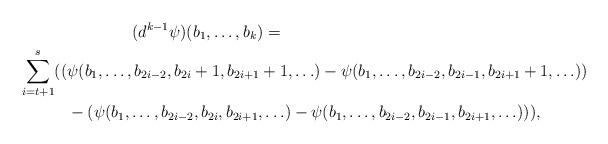
LaTeX: \begin{align*}& \qquad\qquad(d^{k-1} \psi)(b_1, \ldots, b_{k}) =\\ \sum_{i=t+1}^{s} ((& \psi(b_1,\ldots,b_{2i-2},{b_{2i}+1}, b_{2i+1}+1, \ldots)-\psi(b_1,\ldots,b_{2i-2},{b_{2i-1}}, b_{2i+1}+1, \ldots))\\ & - (\psi(b_1,\ldots,b_{2i-2},{b_{2i}},b_{2i+1}, \ldots)- \psi(b_1,\ldots,b_{2i-2},{b_{2i-1}},b_{2i+1}, \ldots))),\end{align*}